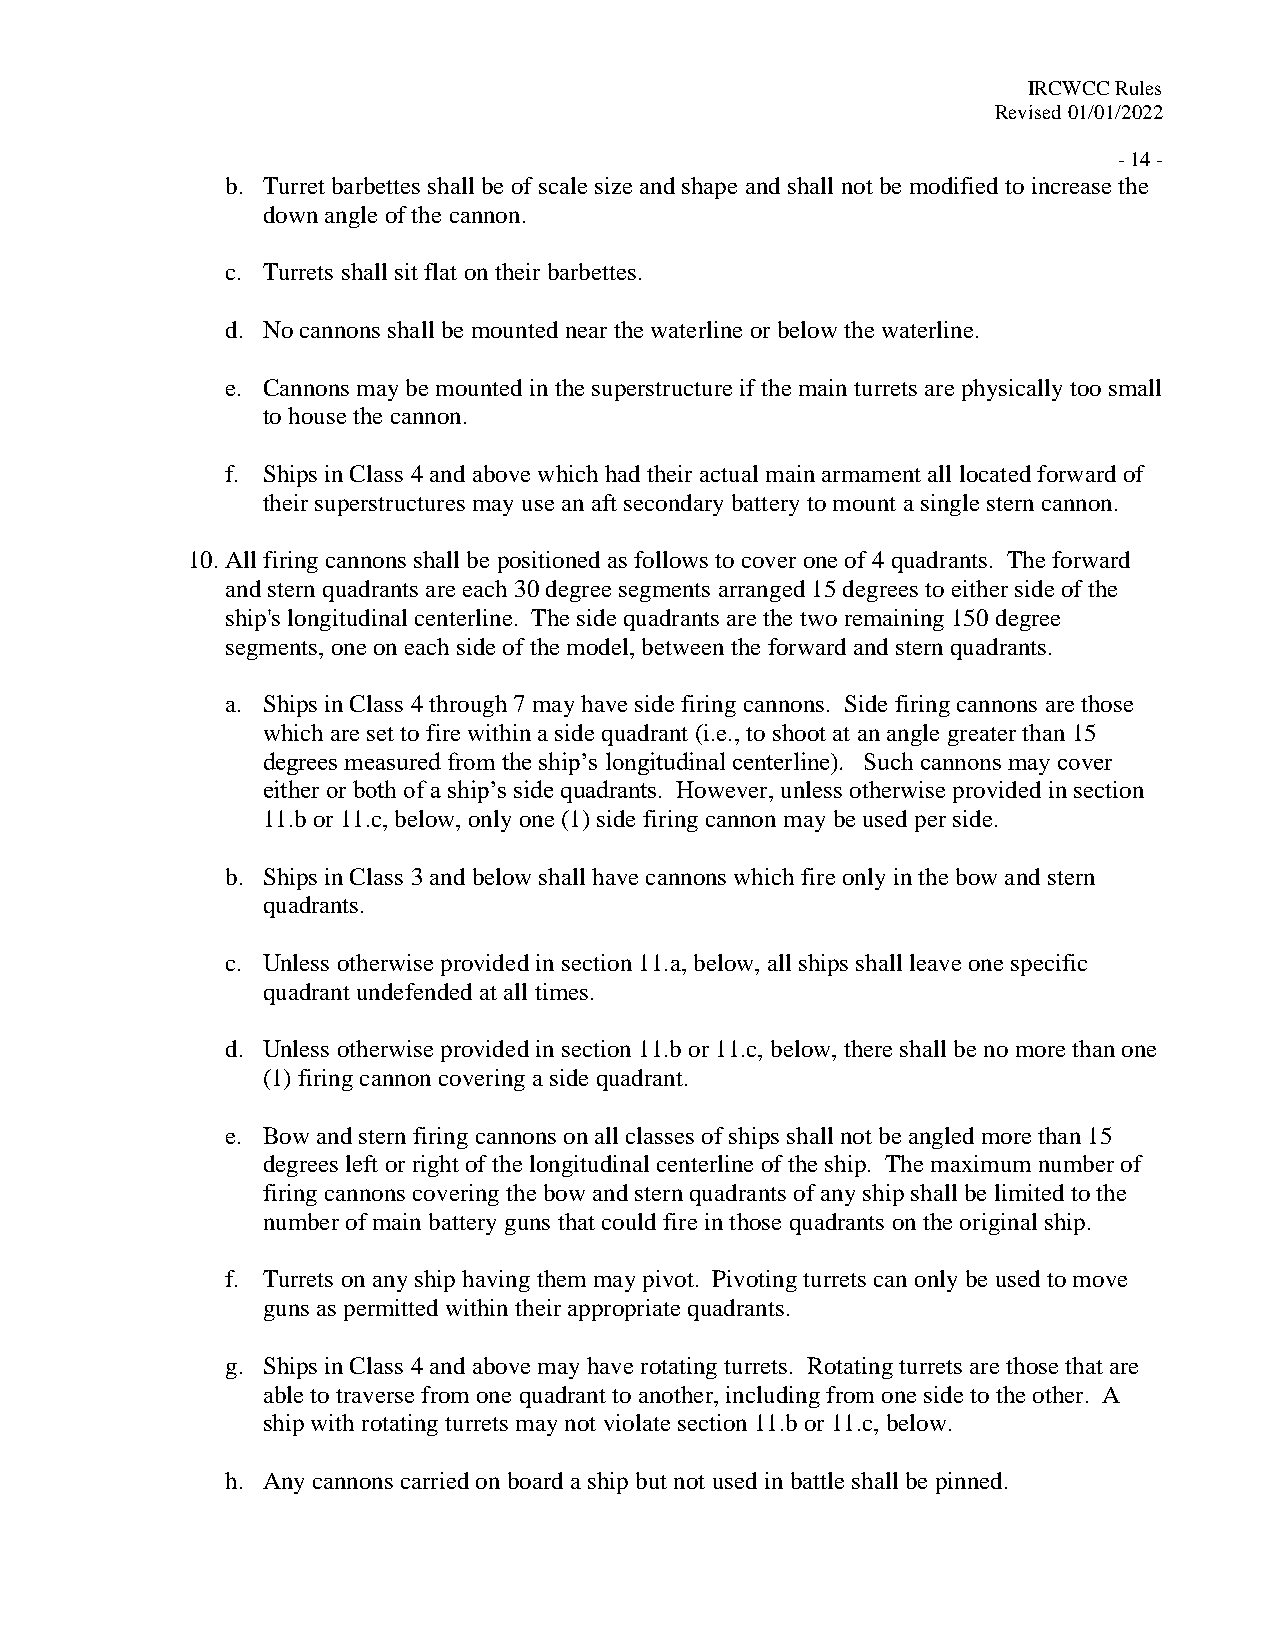
IRCWCC Rules
 Revised 01/01/2022
 - 14 -
 b. Turret barbettes shall be of scale size and shape and shall not be modified to increase the
 down angle of the cannon.
 c. Turrets shall sit flat on their barbettes.
 d. No cannons shall be mounted near the waterline or below the waterline.
 e. Cannons may be mounted in the superstructure if the main turrets are physically too small
 to house the cannon.
 f. Ships in Class 4 and above which had their actual main armament all located forward of
 their superstructures may use an aft secondary battery to mount a single stern cannon.
 10. All firing cannons shall be positioned as follows to cover one of 4 quadrants. The forward
 and stern quadrants are each 30 degree segments arranged 15 degrees to either side of the
 ship's longitudinal centerline. The side quadrants are the two remaining 150 degree
 segments, one on each side of the model, between the forward and stern quadrants.
 a. Ships in Class 4 through 7 may have side firing cannons. Side firing cannons are those
 which are set to fire within a side quadrant (i.e., to shoot at an angle greater than 15
 degrees measured from the ship’s longitudinal centerline). Such cannons may cover
 either or both of a ship’s side quadrants. However, unless otherwise provided in section
 11.b or 11.c, below, only one (1) side firing cannon may be used per side.
 b. Ships in Class 3 and below shall have cannons which fire only in the bow and stern
 quadrants.
 c. Unless otherwise provided in section 11.a, below, all ships shall leave one specific
 quadrant undefended at all times.
 d. Unless otherwise provided in section 11.b or 11.c, below, there shall be no more than one
 (1) firing cannon covering a side quadrant.
 e. Bow and stern firing cannons on all classes of ships shall not be angled more than 15
 degrees left or right of the longitudinal centerline of the ship. The maximum number of
 firing cannons covering the bow and stern quadrants of any ship shall be limited to the
 number of main battery guns that could fire in those quadrants on the original ship.
 f. Turrets on any ship having them may pivot. Pivoting turrets can only be used to move
 guns as permitted within their appropriate quadrants.
 g. Ships in Class 4 and above may have rotating turrets. Rotating turrets are those that are
 able to traverse from one quadrant to another, including from one side to the other. A
 ship with rotating turrets may not violate section 11.b or 11.c, below.
 h. Any cannons carried on board a ship but not used in battle shall be pinned.